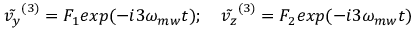
\tilde { v _ { y } } ^ { ( 3 ) } = F _ { 1 } e x p ( - i 3 \omega _ { m w } t ) ; \quad \tilde { v _ { z } } ^ { ( 3 ) } = F _ { 2 } e x p ( - i 3 \omega _ { m w } t )